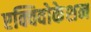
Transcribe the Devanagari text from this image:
एक्विवोकेशन